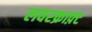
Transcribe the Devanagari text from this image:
लवरक्राफ़्ट